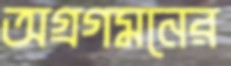
অগ্রগমনের